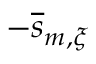
- \overline { { s } } _ { m , \xi }